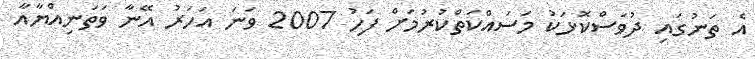
އެ ތަނުގައި ދުވަސްކޮޅަކު މަސައްކަތްކުރުމަށް ފަހު 2007 ވަނަ އަހަރު އޭނާ ވަތަނިއްޔާއާ